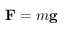
\mathbf { F } = m \mathbf { g }